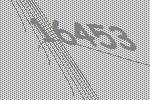
16453